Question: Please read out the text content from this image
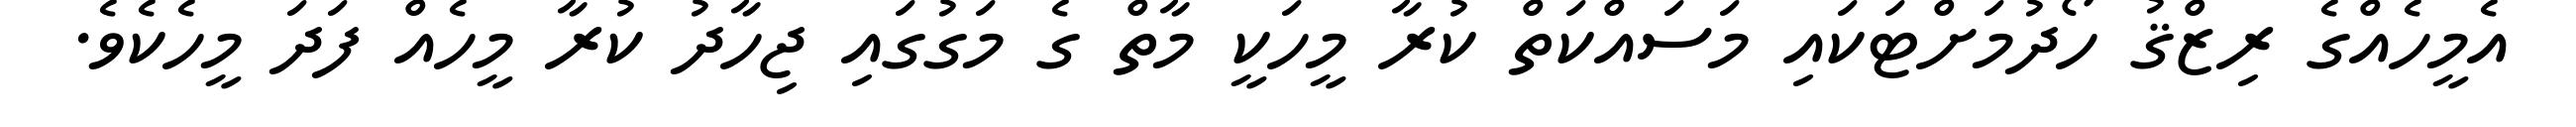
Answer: އެމީހެއްގެ ރިޒްޤު ހޯދުމަށްޓަކައި މަސައްކަތް ކުރާ މީހަކީ މާތް ގެ މަގުގައި ޖިހާދު ކުރާ މީހެއް ފަދަ މީހެކެވެ.